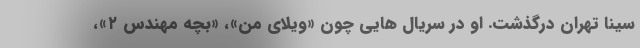
سینا تهران درگذشت. او در سریال هایی چون «ویلای من»، «بچه مهندس ۲»،